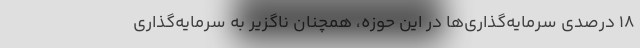
۱۸ درصدی سرمایه‌گذاری‌ها در این حوزه، همچنان ناگزیر به سرمایه‌گذاری